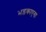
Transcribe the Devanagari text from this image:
भड़काएगा